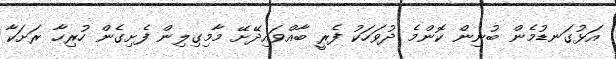
އަޅުގަނޑުމެން ބުނިން ކޮންމެ ދުވަހަކު ފެރީ ބާއްވައިދޭށޭ މާމިގިލިން ފެށިގެން ހުރިހާ ރަށަކާ